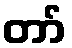
တာ်